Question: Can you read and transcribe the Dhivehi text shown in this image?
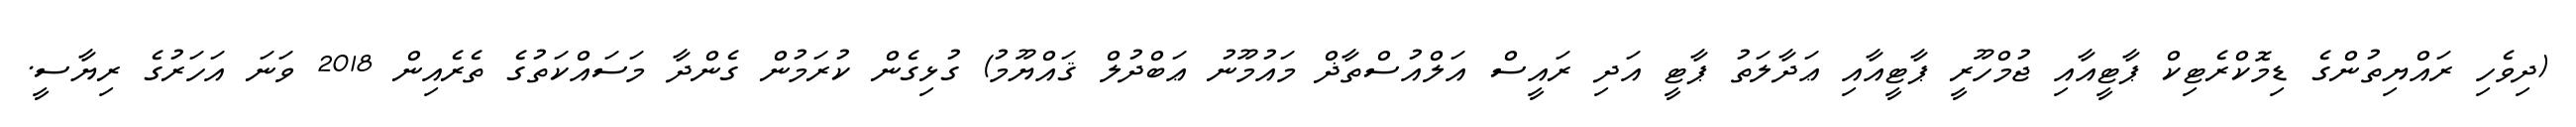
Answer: (ދިވެހި ރައްޔިތުންގެ ޑިމޮކްރެޓިކް ޕާޓީއާއި ޖުމްހޫރީ ޕާޓީއާއި ޢަދާލަތު ޕާޓީ އަދި ރައީސް އަލްއުސްތާޛް މައުމޫނު ޢަބްދުލް ޤައްޔޫމު) ގުޅިގެން ކުރަމުން ގެންދާ މަސައްކަތުގެ ތެރެއިން 2018 ވަނަ އަހަރުގެ ރިޔާސީ.